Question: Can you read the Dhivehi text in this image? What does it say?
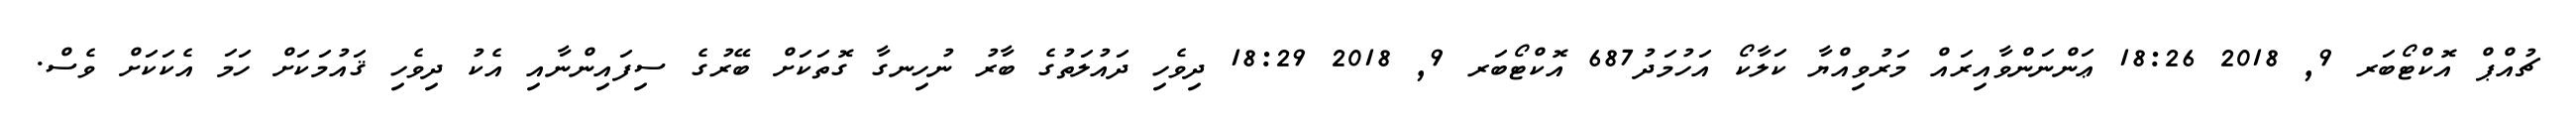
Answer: ޗުއްޕް އޮކްޓޯބަރ 9, 2018 18:26 ޢަންނަންވާއިރައް މަރުވިއްޔާ ކަލާކޯ އަހުމަދު687 އޮކްޓޯބަރ 9, 2018 18:29 ދިވެހި ދައުލަތުގެ ބާރު ނުހިނގާ ގޮތަކަށް ބޭރުގެ ސިފައިންނާއި އެކު ދިވެހި ޤައުމަކަށް ހަމަ އެކަކަށް ވެސް.